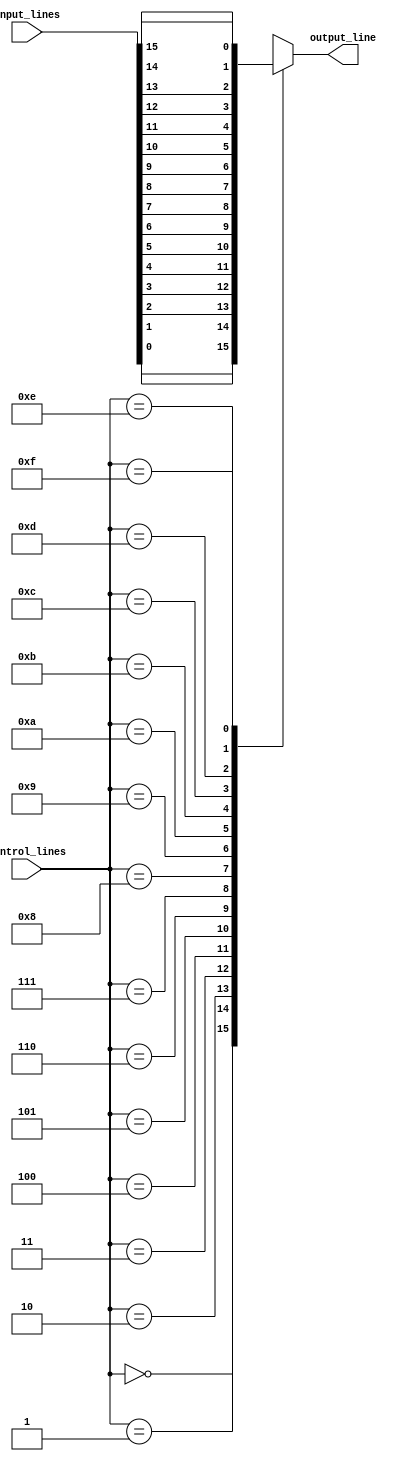
module multiplexer_16to1(
  input [15:0] input_lines,
  input [3:0] control_lines,
  output reg output_line
);

always @(*)
begin
  case(control_lines)
    4'b0000: output_line = input_lines[0];
    4'b0001: output_line = input_lines[1];
    4'b0010: output_line = input_lines[2];
    4'b0011: output_line = input_lines[3];
    4'b0100: output_line = input_lines[4];
    4'b0101: output_line = input_lines[5];
    4'b0110: output_line = input_lines[6];
    4'b0111: output_line = input_lines[7];
    4'b1000: output_line = input_lines[8];
    4'b1001: output_line = input_lines[9];
    4'b1010: output_line = input_lines[10];
    4'b1011: output_line = input_lines[11];
    4'b1100: output_line = input_lines[12];
    4'b1101: output_line = input_lines[13];
    4'b1110: output_line = input_lines[14];
    4'b1111: output_line = input_lines[15];
  endcase
end

endmodule